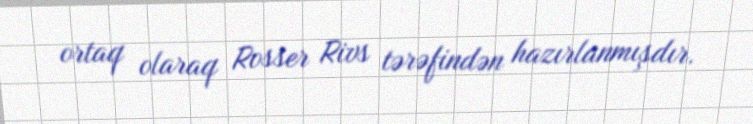
ortaq olaraq Rosser Rivs tərəfindən hazırlanmışdır.